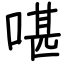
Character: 啿